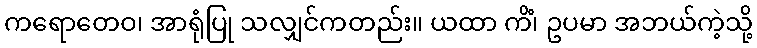
ကရောတေဝ၊ အာရုံပြု သလျှင်ကတည်း။ ယထာ ကိံ၊ ဥပမာ အဘယ်ကဲ့သို့